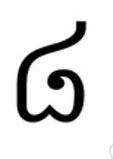
៨